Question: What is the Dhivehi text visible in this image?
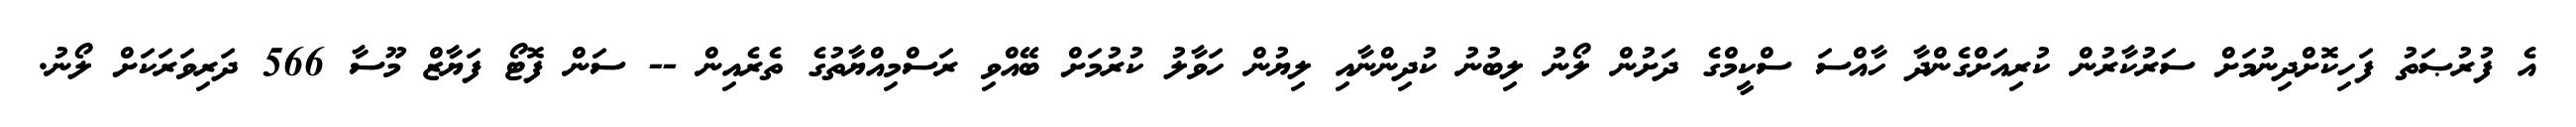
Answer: އެ ފުރުޞަތު ފަހިކޮށްދިނުމަށް ސަރުކާރުން ކުރިއަށްގެންދާ ހާއްސަ ސްކީމްގެ ދަށުން ލޯނު ލިބުނު ކުދިންނާއި ލިޔުން ހަވާލު ކުރުމަށް ބޭއްވި ރަސްމިއްޔާތުގެ ތެރެއިން -- ސަން ފޮޓޯ ފަޔާޒް މޫސާ 566 ދަރިވަރަކަށް ލޯނު.